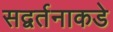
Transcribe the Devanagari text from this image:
सद्वर्तनाकडे